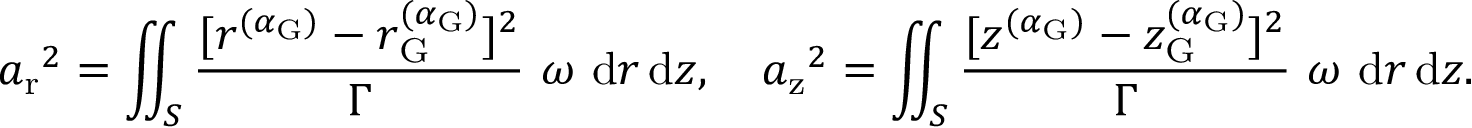
{ a _ { \mathrm { r } } } ^ { 2 } = \iint _ { S } \frac { [ r ^ { ( \alpha _ { \mathrm { G } } ) } - r _ { \mathrm { G } } ^ { ( \alpha _ { \mathrm { G } } ) } ] ^ { 2 } } { \Gamma } ~ \omega ~ \mathrm { d } r \, \mathrm { d } z , \ \ \ { a _ { \mathrm { z } } } ^ { 2 } = \iint _ { S } \frac { [ z ^ { ( \alpha _ { \mathrm { G } } ) } - z _ { \mathrm { G } } ^ { ( \alpha _ { \mathrm { G } } ) } ] ^ { 2 } } { \Gamma } ~ \omega ~ \mathrm { d } r \, \mathrm { d } z .